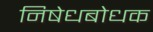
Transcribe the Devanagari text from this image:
निषेधबोधक